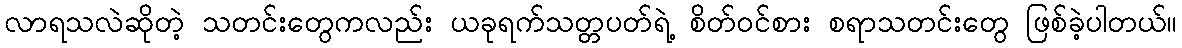
လာရသလဲဆိုတဲ့ သတင်းတွေကလည်း ယခုရက်သတ္တပတ်ရဲ့ စိတ်ဝင်စား စရာသတင်းတွေ ဖြစ်ခဲ့ပါတယ်။